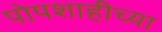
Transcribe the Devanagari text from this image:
पोपशाहीच्या